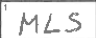
Transcription: MLS